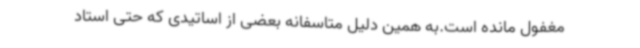
مغفول مانده است.به همین دلیل متاسفانه بعضی از اساتیدی که حتی استاد